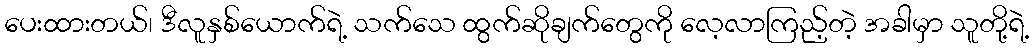
ပေးထားတယ်၊ ဒီလူနှစ်ယောက်ရဲ့ သက်သေ ထွက်ဆိုချက်တွေကို လေ့လာကြည့်တဲ့ အခါမှာ သူတို့ရဲ့